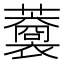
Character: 𧃥